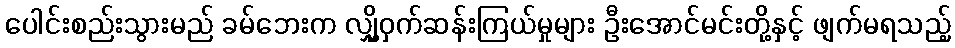
ပေါင်းစည်းသွားမည် ခမ်ဘေးက လျှို့ဝှက်ဆန်းကြယ်မှုများ ဦးအောင်မင်းတို့နှင့် ဖျက်မရသည့်